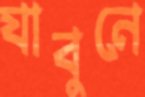
যাবুনে